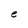
Character: e